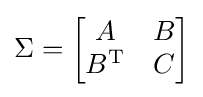
\Sigma =\left[{\begin{matrix}A&B\\B^{\mathrm {T} }&C\end{matrix}}\right]